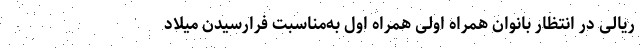
ریالی در انتظار بانوان همراه اولی همراه اول به‌مناسبت فرارسیدن میلاد